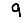
Digit: 9